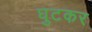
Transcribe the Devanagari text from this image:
घुटकर